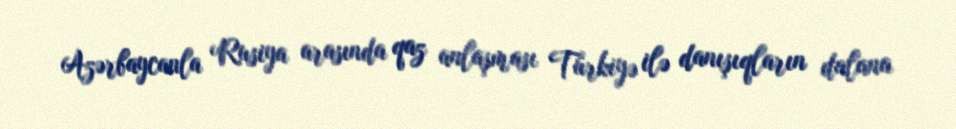
Azərbaycanla Rusiya arasında qaz anlaşması Türkiyə ilə danışıqların dalana